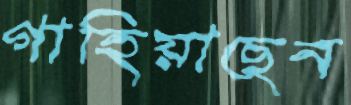
গাহিয়াছেন